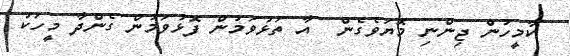
ކާމީހުން ޖިންނި މޮޔަވެގެން  އާ ތަޅުވަމުން ފޮޅުވަމުން ގެންދާ މީހަކު